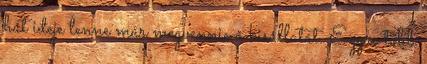
hát ideje lenne már megvennie a kisállatát. Egyre több